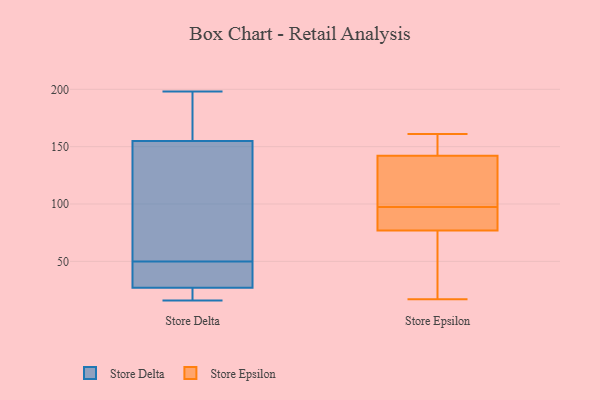
{"axis": {"x": "Energy Usage (MWh)", "y": "Value"}, "legend": ["Store Delta", "Store Epsilon"], "data": [{"x": "", "y": 27, "type": "Store Delta"}, {"x": "", "y": 46, "type": "Store Delta"}, {"x": "", "y": 180, "type": "Store Delta"}, {"x": "", "y": 26, "type": "Store Delta"}, {"x": "", "y": 16, "type": "Store Delta"}, {"x": "", "y": 198, "type": "Store Delta"}, {"x": "", "y": 146, "type": "Store Delta"}, {"x": "", "y": 36, "type": "Store Delta"}, {"x": "", "y": 155, "type": "Store Delta"}, {"x": "", "y": 54, "type": "Store Delta"}, {"x": "", "y": 134, "type": "Store Epsilon"}, {"x": "", "y": 161, "type": "Store Epsilon"}, {"x": "", "y": 64, "type": "Store Epsilon"}, {"x": "", "y": 86, "type": "Store Epsilon"}, {"x": "", "y": 142, "type": "Store Epsilon"}, {"x": "", "y": 159, "type": "Store Epsilon"}, {"x": "", "y": 77, "type": "Store Epsilon"}, {"x": "", "y": 17, "type": "Store Epsilon"}, {"x": "", "y": 106, "type": "Store Epsilon"}, {"x": "", "y": 89, "type": "Store Epsilon"}]}